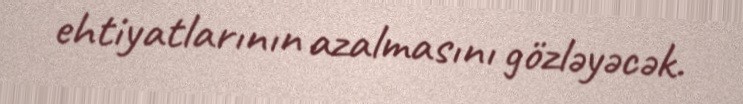
ehtiyatlarının azalmasını gözləyəcək.